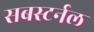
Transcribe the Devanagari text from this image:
सबस्टर्नल